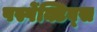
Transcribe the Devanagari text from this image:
पर्स्पेक्टिव्स